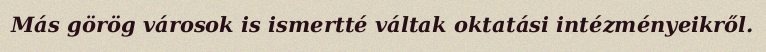
Más görög városok is ismertté váltak oktatási intézményeikről.